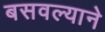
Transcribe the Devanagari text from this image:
बसवल्याने